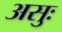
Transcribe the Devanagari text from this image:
असुः